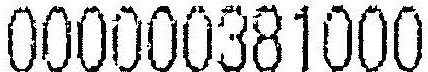
000000381000